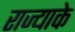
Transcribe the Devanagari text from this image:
राज्याके